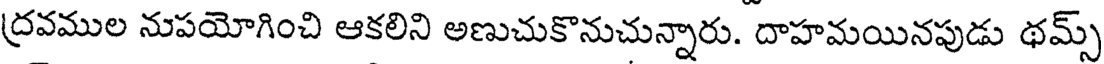
ద్రవముల నుపయోగించి ఆకలిని అణుచుకొనుచున్నారు. దాహమయినపుడు థమ్స్